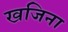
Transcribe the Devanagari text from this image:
खजिना